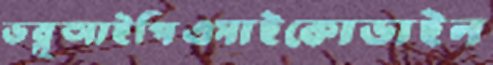
ডব্লুআইপিএসাইকোডাইন